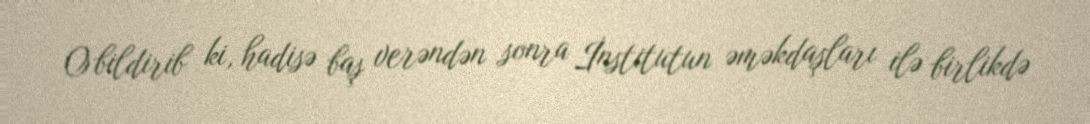
O bildirib ki, hadisə baş verəndən sonra İnstitutun əməkdaşları ilə birlikdə